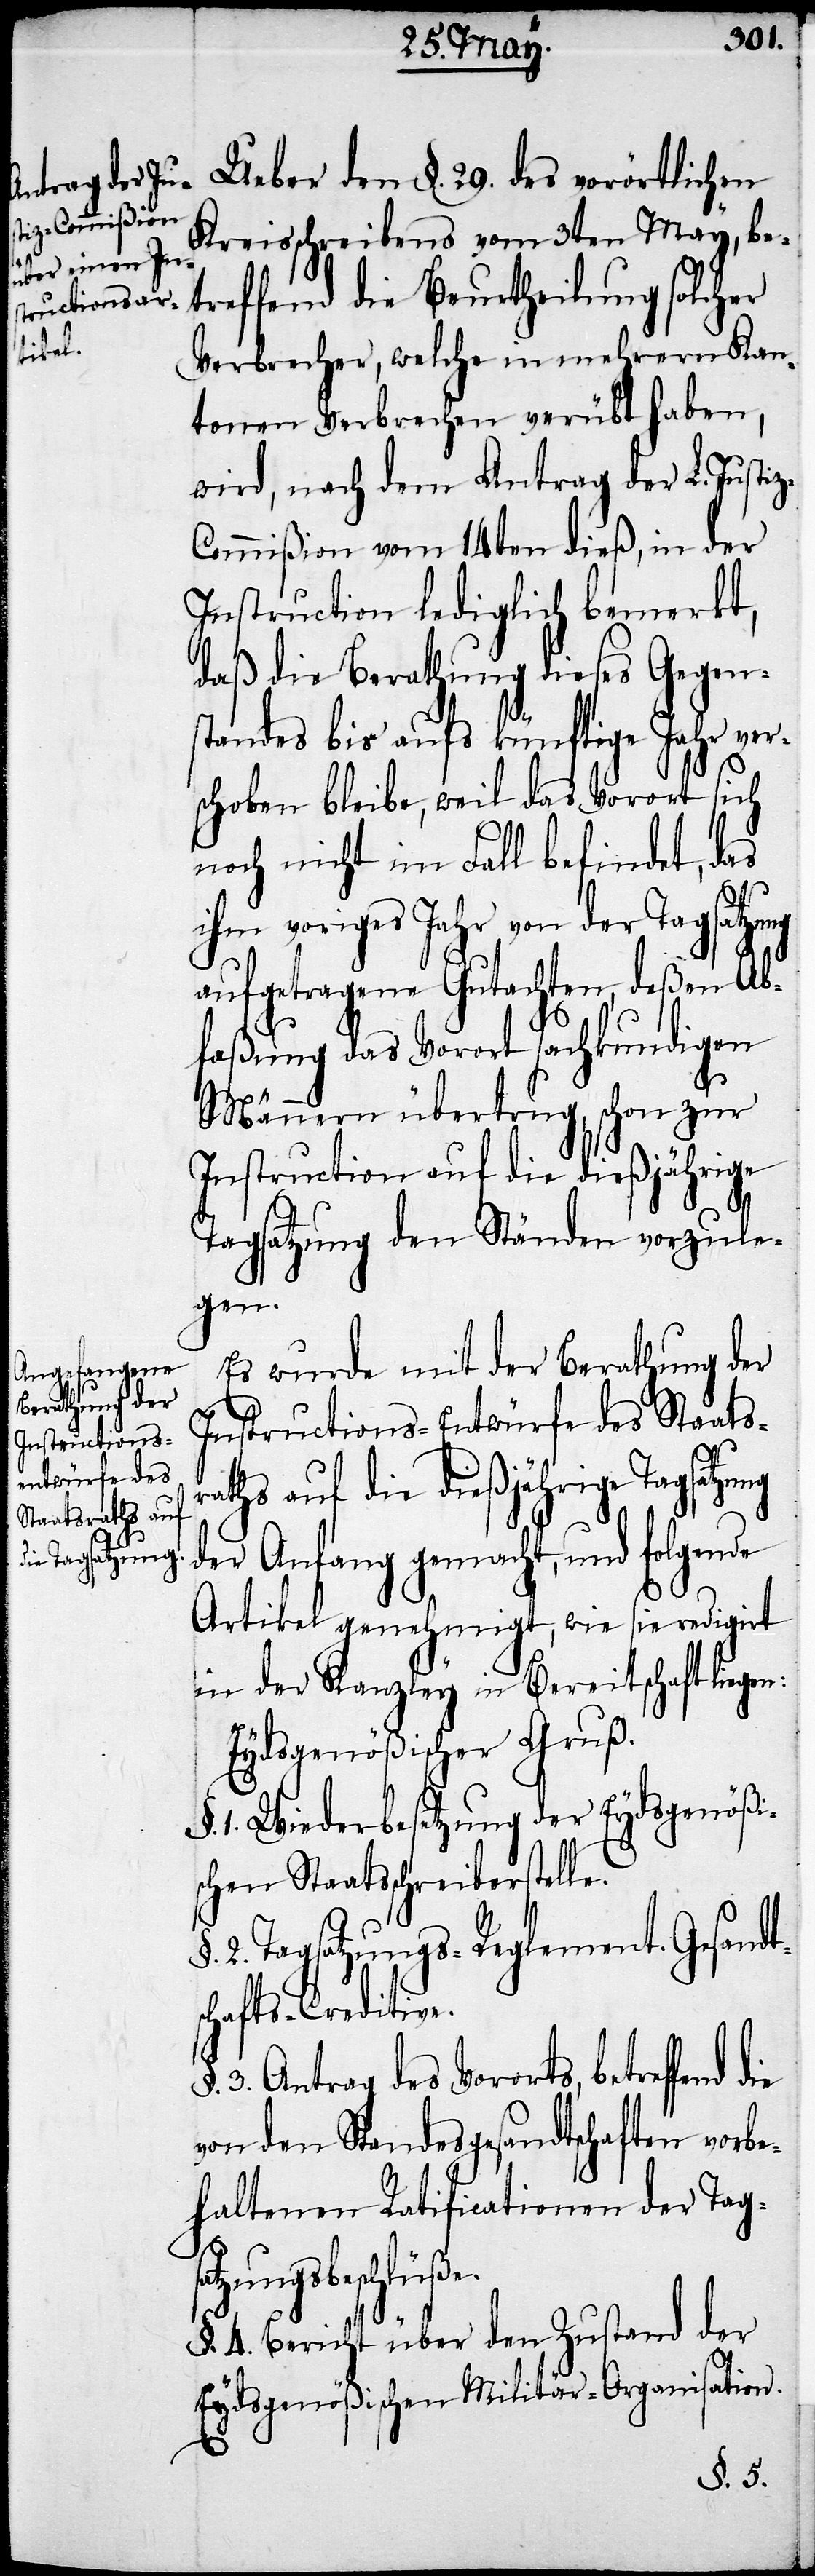
Ueber den §. 29. des vorörtlichen
Kreisschreibens vom 3ten May, be¬
treffend die Beurtheilung solcher
Verbrecher, welche in mehrern Kan¬
tonen Verbrechen verübt haben,
wird, nach dem Antrag der L. Justi¬
z-Commißion vom 14ten dieß, in der
Instruction lediglich bemerkt,
daß die Berathung dieses Gegen¬
standes bis aufs künftige Jahr ver¬
schoben bleibe, weil das Vorort sich
noch nicht im Fall befindet, das
ihm voriges Jahr von der Tagsatzung
aufgetragene Gutachten, deßen Ab¬
faßung das Vorort sachkundigen
Männern übertrug, schon zur
Instruction auf die dießjährige
die
Tagsatzung den Ständen vorzule¬
gen.
Es wurde mit der Berathung der
Instructions-Entwürfe des Staatsr¬
aths auf die dießjährige Tagsatzu¬
der Anfang gemacht, und folgende
Artikel genehmigt, wie sie redigirt
in der Kanzley in Bereitschaft liegen:
Eydsgenößischer Gruß.
1. Wiederbesetzung der Eydsgenößi¬
schen Staatsschreiberstelle.
2. Tagsatzung-Reglement. Gesandt¬
schafts-Creditive.
3. Antrag des Vororts, betreffend
von den Standesgesandtschaften vorbe¬
haltenen Ratificationen der Tags¬
atzungsbeschlüße.
§. 4. Bericht über den Zustand der
Eydsgenößischen Militär-Organisation.